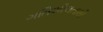
ગતિશીલતાથી